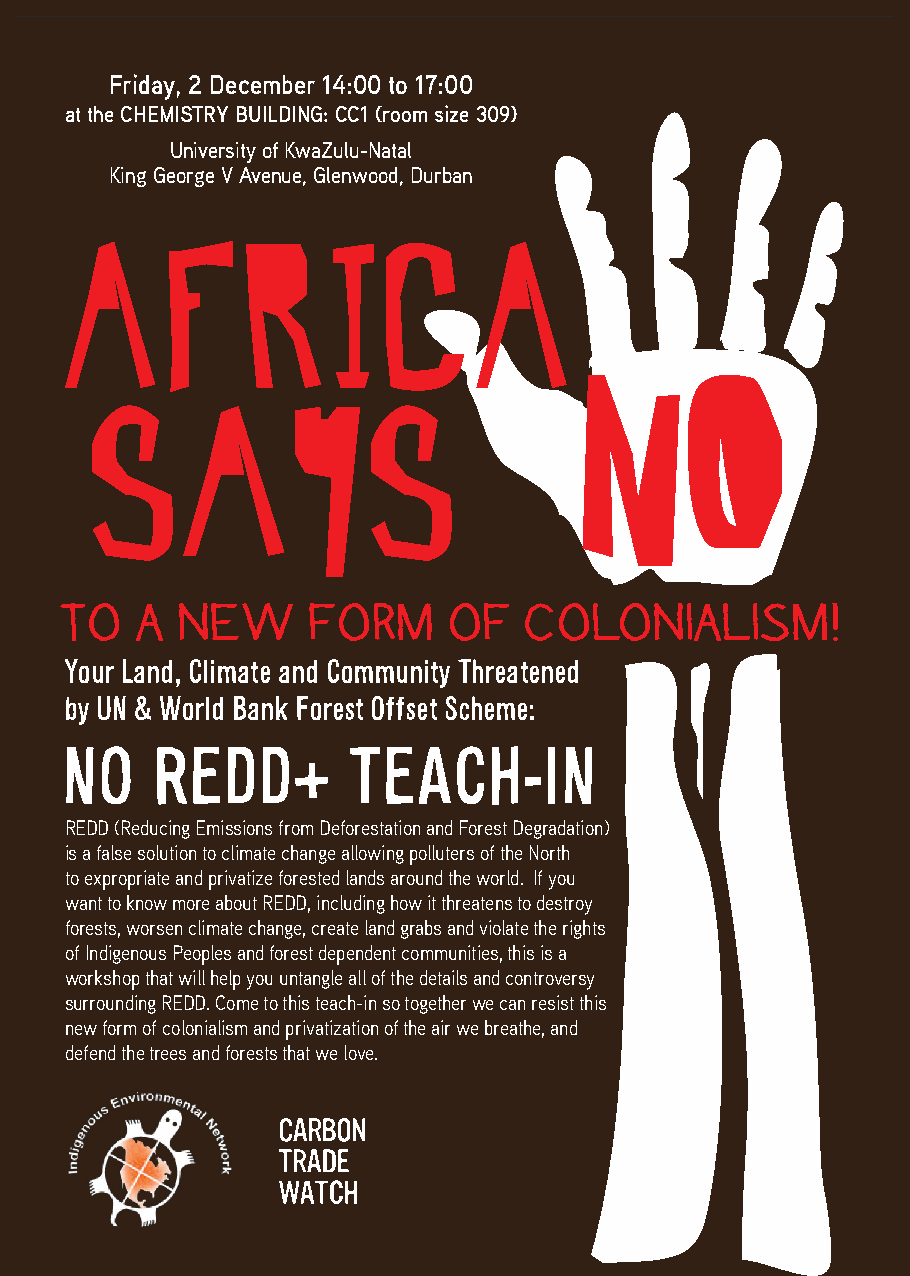
Friday, 2 December 14:00 to 17:00
 at the CHEMISTRY BUILDING: CC1 (room size 309)
 University of KwaZulu-Natal
 King George V Avenue, Glenwood, Durban
 A      F    R     I  C     A
 NO
 SAYS
 TO   A  NEW     FORM      OF   COLONIALISM!
 Your Land, Climate and Community Threatened
 by UN & World Bank Forest Offset Scheme:
 NO    REDD+        TEACH-IN
 REDD (Reducing Emissions from Deforestation and Forest Degradation)
 is a false solution to climate change allowing polluters of the North
 to expropriate and privatize forested lands around the world. If you
 want to know more about REDD, including how it threatens to destroy
 forests, worsen climate change, create land grabs and violate the rights
 of Indigenous Peoples and forest dependent communities, this is a
 workshop that will help you untangle all of the details and controversy
 surrounding REDD. Come to this teach-in so together we can resist this
 new form of colonialism and privatization of the air we breathe, and
 defend the trees and forests that we love.